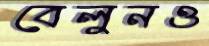
বেলুনও